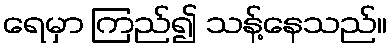
ရေမှာ ကြည်၍ သန့်နေသည်။